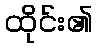
ထိုင်း၏